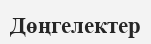
Дөңгелектер